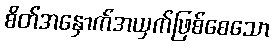
စိတ်အနှောက်အယှက်ဖြစ်စေသော